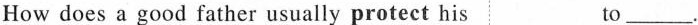
How does a good father usually protect his to___.